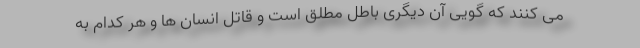
می کنند که گویی آن دیگری باطل مطلق است و قاتل انسان ها و هر کدام به